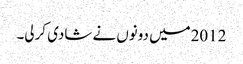
2012میں دونوں نے شادی کرلی۔